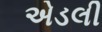
એડલી